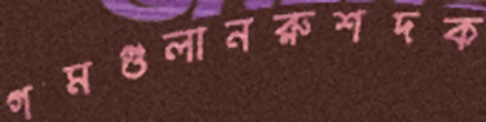
গমগুলানরুশদক